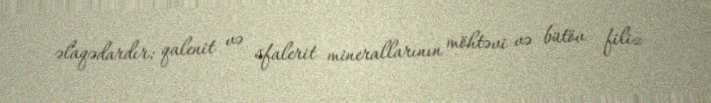
əlaqədardır; qalenit və sfalerit minerallarının möhtəvi və bütöv filiz